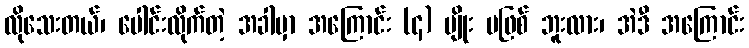
လိုသေးတယ်၊ ပေါင်းလိုက်တဲ့ အခါမှာ အကြောင်း (၄) မျိုး မဖြစ် ဘူးလား၊ အဲဒီ အကြောင်း